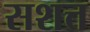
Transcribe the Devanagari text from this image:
सशत्त